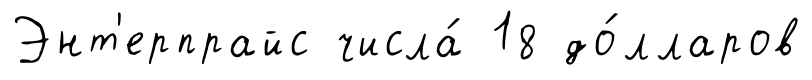
Энт'ерпрайс числа́ 18 до́лларов